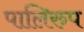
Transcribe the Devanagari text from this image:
पालिरुप